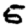
Digit: 5